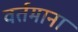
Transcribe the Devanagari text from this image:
वर्तमाना